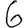
Digit: 6